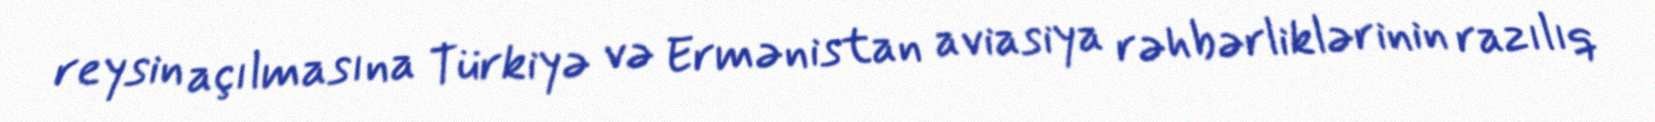
reysin açılmasına Türkiyə və Ermənistan aviasiya rəhbərliklərinin razılıq